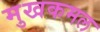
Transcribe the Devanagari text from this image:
मुखकमल